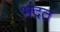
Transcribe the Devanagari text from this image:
भंदत